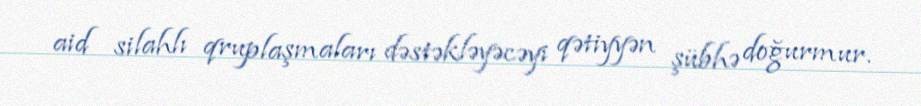
aid silahlı qruplaşmaları dəstəkləyəcəyi qətiyyən şübhə doğurmur.